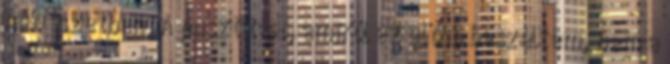
művészetben. A pusztítást, amiről az előbb beszéltem, nem a